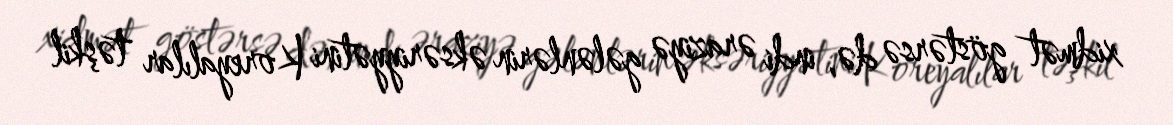
xidmət göstərsə də, indi əraziyə gələnlərin əksəriyyətini Koreyalılar təşkil